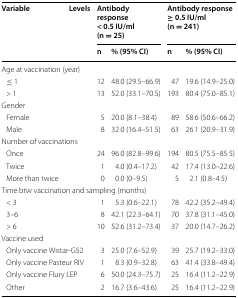
| <ROWSPAN=2> Variable | <ROWSPAN=2> Levels | <COLSPAN=2> Antibody response< 0.5 IU/ml (n = 25) | <COLSPAN=2> Antibody response≥ 0.5 IU/ml (n = 241) |
 | n | % (95% CI) | n | % (95% CI) |
 | --- | --- | --- | --- | --- | --- |
 | <COLSPAN=6> Age at vaccination (year) |
 | <COLSPAN=2> ≤ 1 | 12 | 48.0 (29.5–66.9) | 47 | 19.6 (14.9–25.0) |
 | <COLSPAN=2> > 1 | 13 | 52.0 (33.1–70.5) | 193 | 80.4 (75.0–85.1) |
 | <COLSPAN=6> Gender |
 | <COLSPAN=2> Female | 5 | 20.0 (8.1–38.4) | 89 | 58.6 (50.6–66.2) |
 | <COLSPAN=2> Male | 8 | 32.0 (16.4–51.5) | 63 | 26.1 (20.9–31.9) |
 | <COLSPAN=6> Number of vaccinations |
 | <COLSPAN=2> Once | 24 | 96.0 (82.8–99.6) | 194 | 80.5 (75.5–85.5) |
 | <COLSPAN=2> Twice | 1 | 4.0 (0.4–17.2) | 42 | 17.4 (13.0–22.6) |
 | <COLSPAN=2> More than twice | 0 | 0.0 (0–9.5) | 5 | 2.1 (0.8–4.5) |
 | <COLSPAN=6> Time btw vaccination and sampling (months) |
 | <COLSPAN=2> < 3 | 1 | 5.3 (0.6–22.1) | 78 | 42.2 (35.2–49.4) |
 | <COLSPAN=2> 3–6 | 8 | 42.1 (22.3–64.1) | 70 | 37.8 (31.1–45.0) |
 | <COLSPAN=2> > 6 | 10 | 52.6 (31.2–73.4) | 37 | 20.0 (14.7–26.2) |
 | <COLSPAN=6> Vaccine used |
 | <COLSPAN=2> Only vaccine Wistar-G52 | 3 | 25.0 (7.6–52.9) | 39 | 25.7 (19.2–33.0) |
 | <COLSPAN=2> Only vaccine Pasteur RIV | 1 | 8.3 (0.9–32.8) | 63 | 41.4 (33.8–49.4) |
 | <COLSPAN=2> Only vaccine Flury LEP | 6 | 50.0 (24.3–75.7) | 25 | 16.4 (11.2–22.9) |
 | <COLSPAN=2> Other | 2 | 16.7 (3.6–43.6) | 25 | 16.4 (11.2–22.9) |